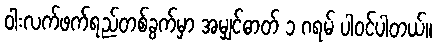
ဝါးလက်ဖက်ရည်တစ်ခွက်မှာ အမျှင်ဓာတ် ၁ ဂရမ် ပါဝင်ပါတယ်။